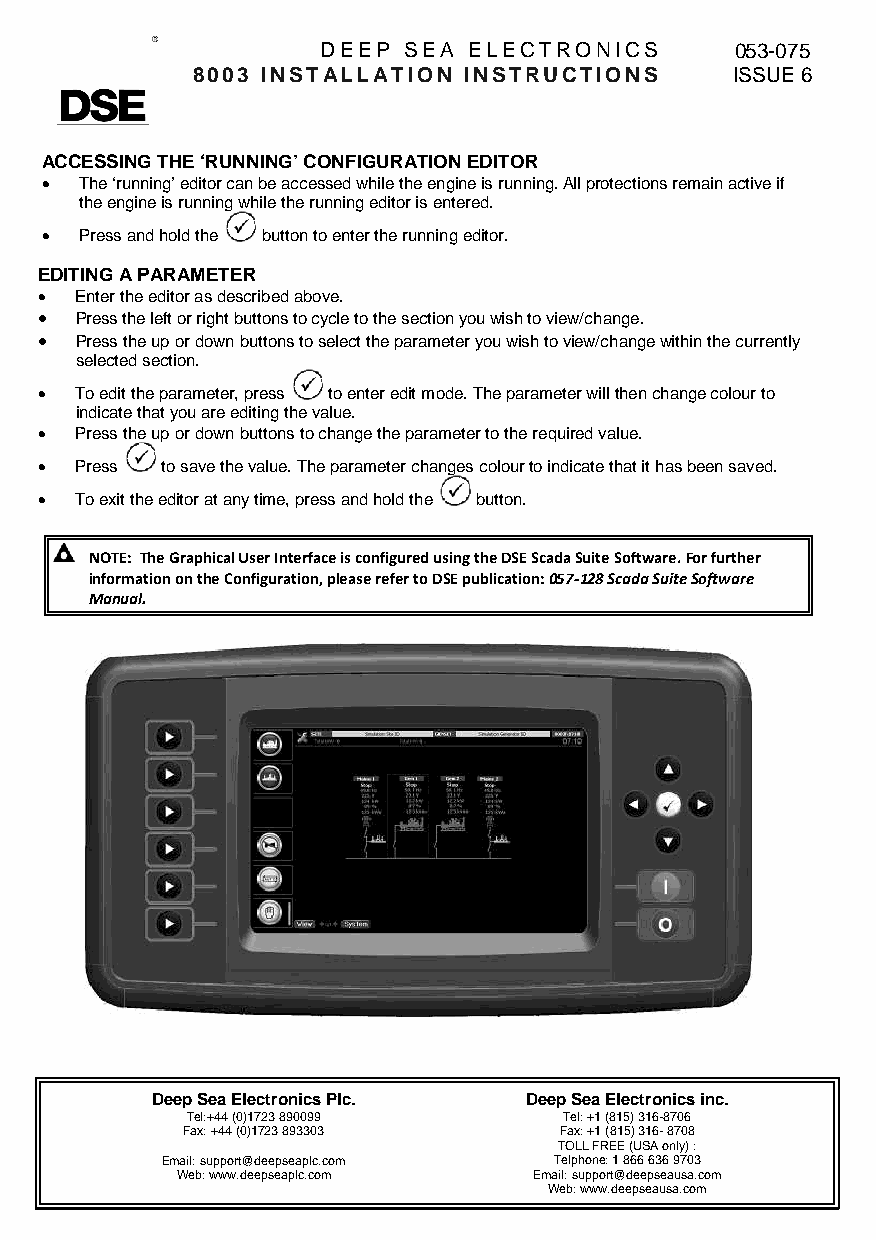
ISSUE 1
 DDEEEEPP SSEEAA EELLEECCTTRROONNIICCSS 053-075
 88000033 IINNSSTTAALLLLAATTIIOONN IINNSSTTRRUUCCTTIIOONNSS ISSUE 6
 A CCESSING THE ‘RUNNING’ CONFIGURATION EDITOR
 • The ‘running’ editor can be accessed while the engine is running. AAllll pprrootteeccttiioonnss rreemmaaiinn aaccttiivvee iiff
 the engine is running while the running editor is entered.
 • Press and hold the button to enter the running editor.
 EDITING A PARAMETER
 • Enter the editor as described above.
 • PPrreessss tthhee lleefftt oorr rriigghhtt bbuuttttoonnss ttoo ccyyccllee ttoo tthhee sseeccttiioonn yyoouu wwiisshh ttoo vviieeww//cchhaannggee..
 • P r e s s t h e up or down bbuuttttoonnss ttoo sseelleecctt tthhee ppaarraammeetteerr yyoouu wwiisshh ttoo vviieeww//cchhaannggee wwiitthhiinn tthhee ccuurrrreennttllyy
 selected section.
 • To edit the parameter, press to enter edit mode. The parameter will tthheenn change colour to
 indicate th at you are editing the value.
 • Press the up or down buttons to cchhaannggee tthhee ppaarraammeetteerr ttoo tthhee rreeqquuiirreedd vvaalluuee..
 • Press to save the value. The parameter changes colour ttoo iinnddiiccaattee tthhaatt iitt hhaass bbeeeenn ssaavveedd..
 • To exit the editor at any time, press and hold the button.
 NOTE: TThhee GGrraapphhiiccaall UUsseerr IInntteerrffaaccee iiss ccoonnffiigguurreedd uussiinngg tthhee DDSSEE SSccaaddaa SSuuiittee SSooffttwwaarree.. For further
 information on the Configuration, please refer to DSE publication: 057-112288 SSccaaddaa SSuuiittee SSooffttwwaarree
 Manual.
 Deep Sea Electronics Plc. DDeeeepp SSeeaa EElleeccttrroonniiccss iinncc..
 Tel:+44 (0)1723 890099   TTeell:: ++11 ((881155)) 331166-8706
 Fax: +44 (0)1723 893303  FFaaxx:: ++11 ((881155)) 331166- 8708
 TTOOLLLL FFRREEEE ((UUSSAA oonnllyy)) ::
 Email: support@deepseaplc.com TTeellpphhoonnee:: 11 886666 663366 99770033
 Web: www.deepseaplc.com Email: support@@ddeeeeppsseeaauussaa..ccoomm
 Web: www.deeeppseausa.com